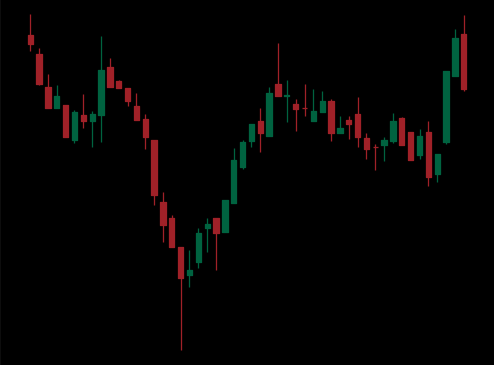
Pattern: inverse_head_shoulders